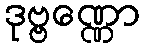
ဒုဗ္ဗဏ္ဏော